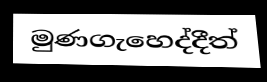
මුණගැහෙද්දීත්